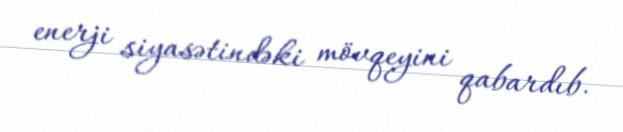
enerji siyasətindəki mövqeyini qabardıb.